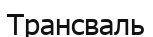
Трансваль